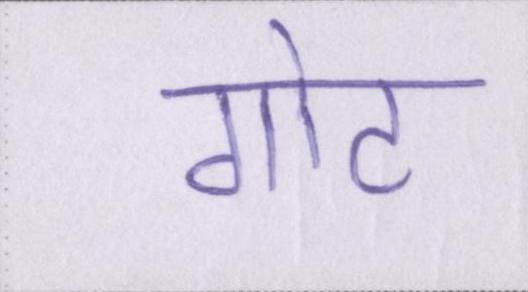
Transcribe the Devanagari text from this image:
गोट